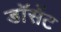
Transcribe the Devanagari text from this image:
डॉसेंट